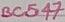
Text: BC547